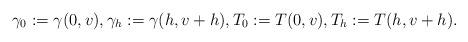
LaTeX: \begin{align*}\gamma _0:=\gamma (0,v), \gamma _h:=\gamma (h,v+h), T_0:=T(0,v), T_h:=T(h,v+h).\end{align*}